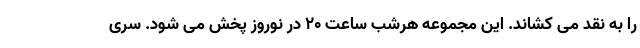
را به نقد می کشاند. این مجموعه هرشب ساعت ۲۰ در نوروز پخش می شود. سری